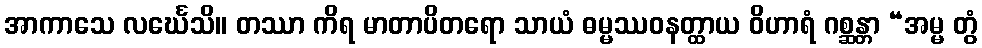
အာကာသေ လင်္ဃေသိ။ တဿာ ကိရ မာတာပိတရော သာယံ ဓမ္မဿဝနတ္ထာယ ဝိဟာရံ ဂစ္ဆန္တာ “အမ္မ တွံ